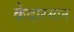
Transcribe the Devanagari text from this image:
केदारमान